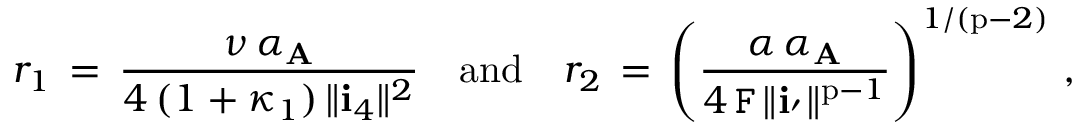
r _ { 1 } \, = \, \frac { \nu \, \alpha _ { \mathbf { A } } } { 4 \, ( 1 + \kappa _ { 1 } ) \, \| \mathbf { i } _ { 4 } \| ^ { 2 } } { \quad \mathrm { a n d } \quad } r _ { 2 } \, = \, \left( \frac { \alpha \, \alpha _ { \mathbf { A } } } { 4 \, \mathtt { F } \, \| \mathbf { i } _ { \rq } \| ^ { \mathrm { p } - 1 } } \right) ^ { 1 / ( \mathrm { p } - 2 ) } \, ,